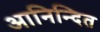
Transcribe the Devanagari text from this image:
आनिन्दित